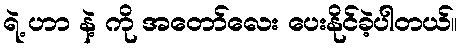
ရဲ့ ဟာ နဲ့ ကို အတော်လေး ပေးနိုင်ခဲ့ပါတယ်။